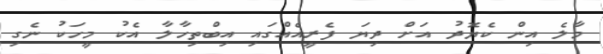
މާލެ އިން ކެޔޮދު އަށް ދިޔަ ފެރީއެއްގައި އިބްތިހާލާ އެކު މީހަކު ނެގި